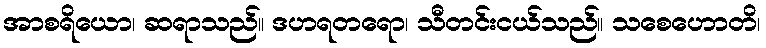
အာစရိယော၊ ဆရာသည်။ ဒဟရတရော၊ သီတင်းငယ်သည်။ သစေဟောတိ၊